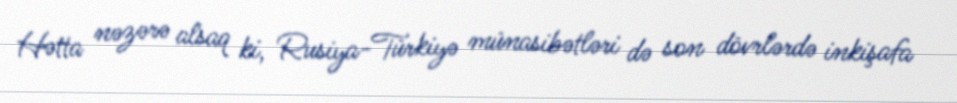
Hətta nəzərə alsaq ki, Rusiya-Türkiyə münasibətləri də son dövrlərdə inkişafa